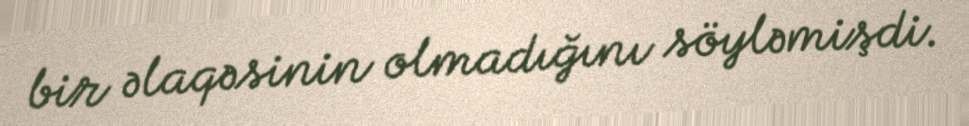
bir əlaqəsinin olmadığını söyləmişdi.